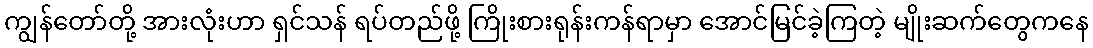
ကျွန်တော်တို့ အားလုံးဟာ ရှင်သန် ရပ်တည်ဖို့ ကြိုးစားရုန်းကန်ရာမှာ အောင်မြင်ခဲ့ကြတဲ့ မျိုးဆက်တွေကနေ